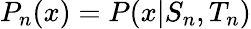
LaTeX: P_{n}(x)=P(x|S_{n},T_{n})